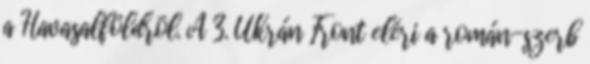
a Havasalföldrõl. A 3. Ukrán Front eléri a román-szerb